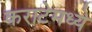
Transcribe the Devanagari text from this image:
कराटेमध्ये